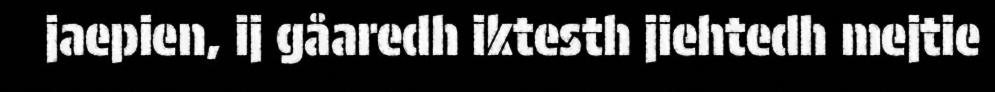
jaepien, ij gåaredh iktesth jiehtedh mejtie